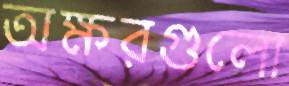
অক্ষরগুলো